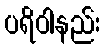
ပရိဝါနည်း